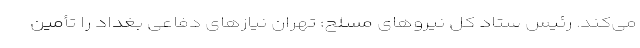
می‌کند. رئیس ستاد کل نیروهای مسلح: تهران نیازهای دفاعی بغداد را تأمین